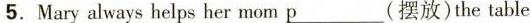
5.Mary always helps her mom\underline{p}(摆放)the table